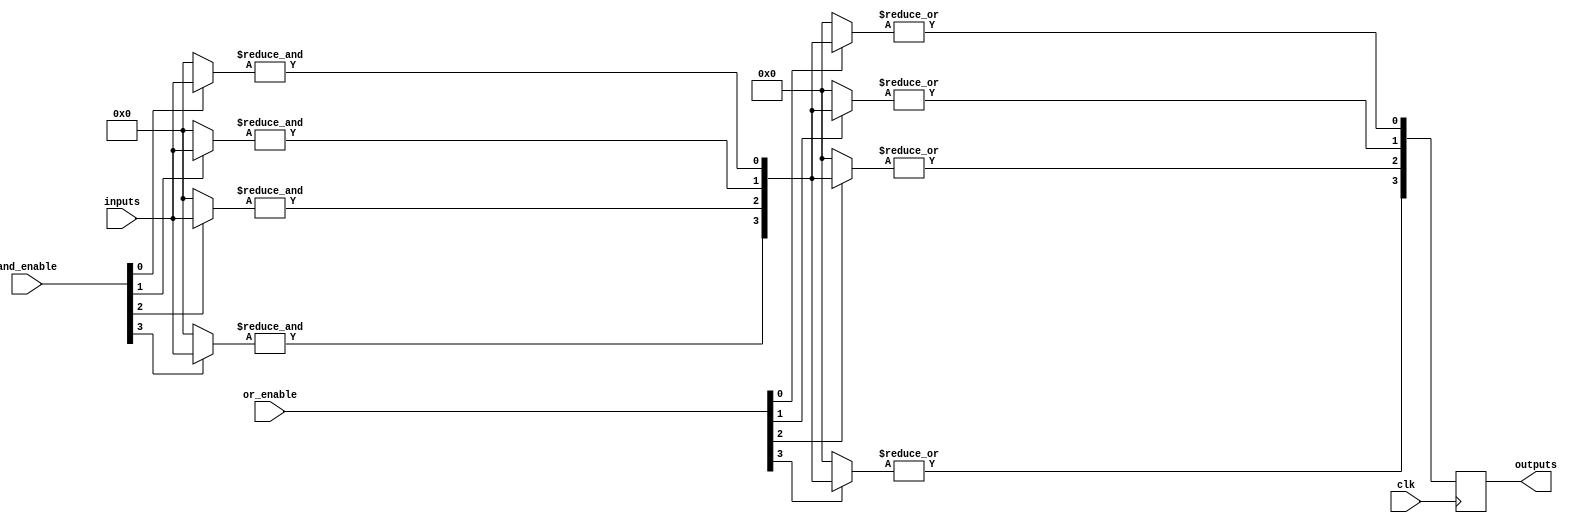
module RPAL #(
    parameter NUM_INPUTS = 8,      // Number of input lines
    parameter NUM_AND_GATES = 4,    // Number of AND gates
    parameter NUM_OR_GATES = 4       // Number of OR gates
)(
    input wire [NUM_INPUTS-1:0] inputs,          // Input lines
    input wire [NUM_AND_GATES-1:0] and_enable,   // Control signals for AND gates
    input wire [NUM_OR_GATES-1:0] or_enable,     // Control signals for OR gates
    input wire clk,                               // Clock input
    output reg [NUM_OR_GATES-1:0] outputs        // Registered outputs
);

// Internal signals
wire [NUM_AND_GATES-1:0] and_outputs;          // Outputs from AND gates
wire [NUM_OR_GATES-1:0] or_outputs;            // Outputs from OR gates

// Programmable AND array
genvar i, j;
generate
    for (i = 0; i < NUM_AND_GATES; i = i + 1) begin : and_gate
        wire [NUM_INPUTS-1:0] and_inputs;
        assign and_inputs = (and_enable[i]) ? inputs : {NUM_INPUTS{1'b0}}; // Enable or disable inputs

        // AND gate logic
        assign and_outputs[i] = &and_inputs; // AND operation
    end
endgenerate

// Programmable OR array
generate
    for (j = 0; j < NUM_OR_GATES; j = j + 1) begin : or_gate
        wire [NUM_AND_GATES-1:0] or_inputs;
        assign or_inputs = (or_enable[j]) ? and_outputs : {NUM_AND_GATES{1'b0}}; // Enable or disable AND outputs

        // OR gate logic
        assign or_outputs[j] = |or_inputs; // OR operation
    end
endgenerate

// Registered outputs
always @(posedge clk) begin
    outputs <= or_outputs; // Register the outputs on the clock edge
end

endmodule